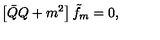
\left[ \bar { Q } Q + m ^ { 2 } \right] \tilde { f } _ { m } = 0 ,